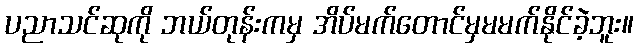
ပညာသင်ဆုကို ဘယ်တုန်းကမှ အိပ်မက်တောင်မှမမက်နိုင်ခဲ့ဘူး။